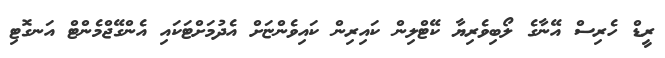
ރީޑް ހެރިސް އޭނާގެ ލޯބިވެރިޔާ ކޭޓްލިން ކައިރިން ކައިވެންޏަށް އެދުމަށްޓަކައި އެންގޭޖްމެންޓް އަނގޮޓި